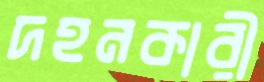
দহনকারী